Civil Veterinary Dept. Assam report 1927-50 - 1927-1950
Year: 1927
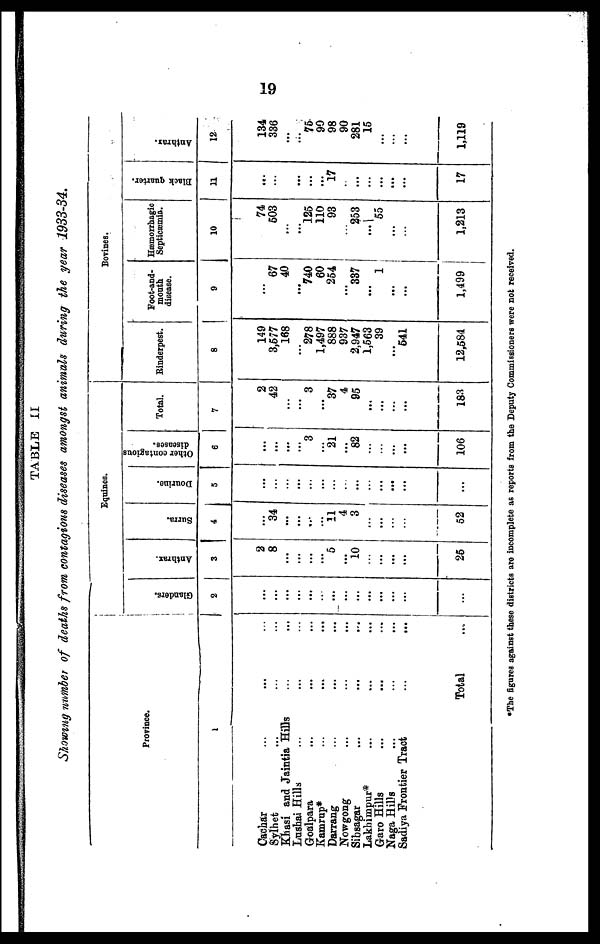
19
TABLE II
Showing number of deaths from contagions diseases amongst animals during the year 1933-34.
Province.
1
Cachar ... ... ...
Sylhet ... ... ...
Khasi and Jaintia Hills ... ...
Lushai Hills ... ... ...
Goalpara ... ... ...
Kamrap* ... ... ...
Darrang ... ... ...
Nowgong ... ... ...
Sibsagar ... ... ...
Lakhimpur* ... ... ...
Garo Hills ... ... ...
Naga Hills ... ... ...
Sadiya Frontier Tract
...
...
Total ...
Equines.
Glanders.
2
...
...
...
...
...
...
...
...
...
...
...
...
...
...
Anthrax.
3
2
8
...
...
...
...
5
...
10
...
...
...
...
25
Surra.
4
...
34
...
...
...
...
11
4
3
...
...
...
...
52
Dourine.
5
...
...
...
...
...
...
...
...
...
...
...
...
...
...
Other contagions
diseases.
6
...
...
...
...
3
...
21
...
82
...
...
...
...
106
Total.
7
2
42
...
...
3
...
37
4
95
...
...
...
...
183
Bovines.
Rinderpest.
8
149
3,577
168
...
278
1,497
888
937
2,947
1,563
39
...
641
12,584
Foot-and-
mouth
disease.
9
...
67
40
...
740
60
254
...
337
...
1
...
...
1,499
Hæmorrhagic
Septicæmia.
10
74
503
...
...
125
110
93
...
253
...
55
...
...
1,213
Black quarter.
11
...
...
...
...
...
...
17
...
...
...
...
...
...
17
Anthrax.
12
134
336
...
...
75
90
98
90
281
15
...
...
...
1,119
*The figures against these districts are incomplete as reports from the Deputy Commissioners were not received.